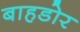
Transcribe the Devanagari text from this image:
बाहडोर